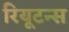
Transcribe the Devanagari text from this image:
रियूटन्स